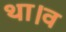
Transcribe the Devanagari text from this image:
था।व